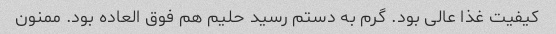
کیفیت غذا عالی بود. گرم به دستم رسید حلیم هم فوق العاده بود. ممنون